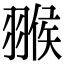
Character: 翭